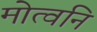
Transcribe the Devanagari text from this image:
मोत्वनि